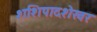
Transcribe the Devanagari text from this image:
शशिपादशेखर